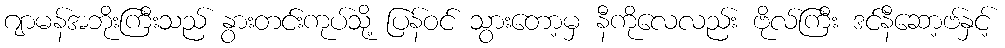
ဂျာမန်အဘိုးကြီးသည် နွားတင်းကုပ်သို့ ပြန်ဝင် သွားတော့မှ နီကိုလေလည်း ဗိုလ်ကြီး ဒင်နီဆော့ဗ်နှင့်